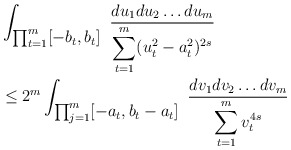
\begin{align*} &\int_{\textstyle\prod_{t=1}^m [-b_t,b_t]}\ \frac {du_1du_2\ldots du_m}{\displaystyle\sum_{t=1}^m(u_t^2-a_t^2)^{2s}}\hskip2cm\\&\le2^m\int_{\textstyle\prod_{j=1}^m[-a_t,b_t-a_t]}\ \frac {dv_1dv_2\ldots dv_m}{\displaystyle\sum_{t=1}^mv_t^{4s}}\hskip2cm\\\end{align*}